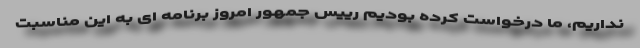
نداریم، ما درخواست کرده بودیم رییس جمهور امروز برنامه ای به این مناسبت